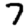
Digit: 7